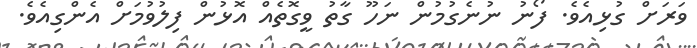
ވަރަށް ގުޅިއެވެ. ފޯނު ނުނެގުމުން ނަހޫ ގާތު ވީގޮތެއް އޮޅުން ފިލުވުމަށް އެންގިއެވެ.